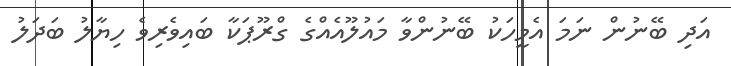
އަދި ބޭނުން ނަމަ އެމީހަކު ބޭނުންވާ މައުލޫއެއްގެ ގްރޫޕަކާ ބައިވެރިވެ ހިޔާލު ބަދަލު